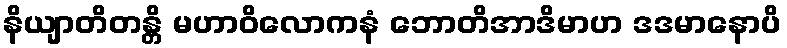
နိယျာတိတန္တိ မဟာဝိလောကနံ ဘောတိအာဒိမာဟ ဒဒမာနောပိ